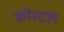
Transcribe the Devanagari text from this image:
कोस्‍टल